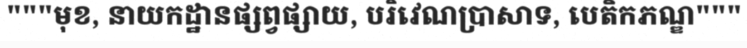
"""មុខ, នាយកដ្ឋានផ្សព្វផ្សាយ, បរិវេណប្រាសាទ, បេតិកភណ្ឌ"""